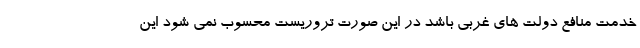
خدمت منافع دولت های غربی باشد در این صورت تروریست محسوب نمی شود این